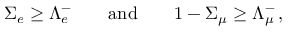
\Sigma _ { e } \geq \Lambda _ { e } ^ { - } \qquad \mathrm { a n d } \qquad 1 - \Sigma _ { \mu } \geq \Lambda _ { \mu } ^ { - } \, ,